Leaving Certificate Examination (including Day School Certificate (Higher) General paper), 1926
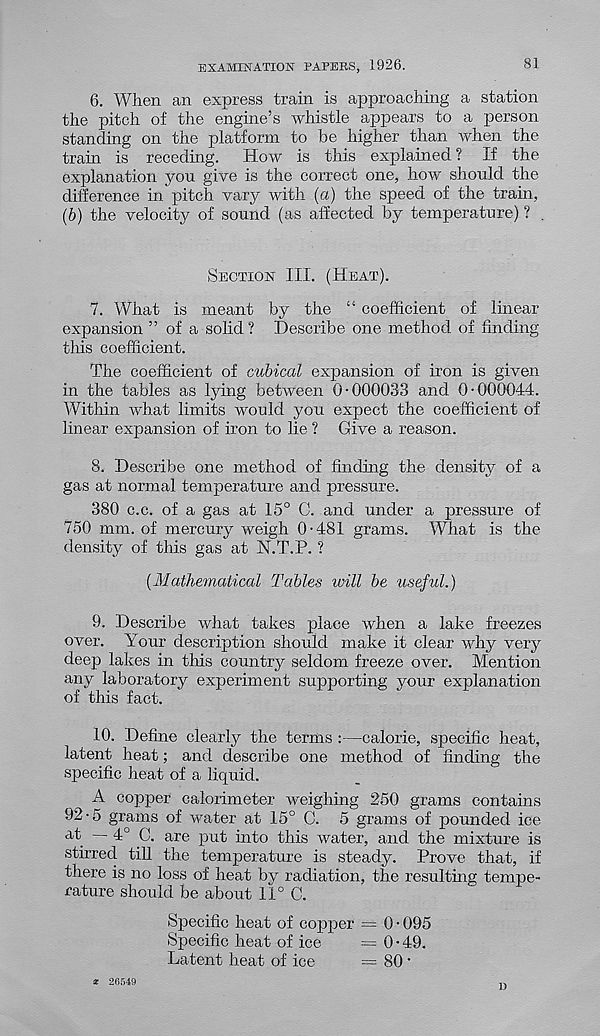
EXAMINATION PAPERS, 1926.
81
6. When an express train is approaching a station
the pitch of the engine’s whistle appears to a person
standing on the platform to be higher than when the
train is receding.
How is this explained ? If the
explanation you give is the correct one, how should the
difference in pitch vary with (a) the speed of the train,
(b) the velocity of sound (as affected by temperature) ? .
Section III. (Heat).
7. What is meant by the “ coefficient of linear
expansion ” of a solid ? Describe one method of finding
this coefficient.
The coefficient of cubical expansion of iron is given
in the tables as lying between 0-000033 and 0-000044.
Within what limits would you expect the coefficient of
linear expansion of iron to lie ? Give a reason.
8. Describe one method of finding the density of a
gas at normal temperature and pressure.
380 c.c. of a gas at 15° C. and under a pressure of
750 mm. of mercury weigh 0-481 grams. What is the
density of this gas at N.T.P. ?
(Mathematical Tables will be usefid.)
9. Describe what takes place when a lake freezes
over. Your description should make it clear why very
deep lakes in this country seldom freeze over. Mention
any laboratory experiment supporting your explanation
of this fact.
10. Define clearly the terms :—calorie, specific heat,
latent heat; and describe one method of finding the
specific heat of a liquid.
A copper calorimeter weighing 250 grams contains
92-5 grams of water at 15° C. 5 grams of pounded ice
d, f — 4° C. are put into this water, and the mixture is
stirred till the temperature is steady. Prove that, if
there is no loss of heat by radiation, the resulting tempe-
rature should be about 11° C.
Specific heat of copper = 0 • 095
Specific heat of ice
= 0-49.
Latent heat of ice
— 80 •
* 26549
1)